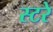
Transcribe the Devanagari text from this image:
स्टरे